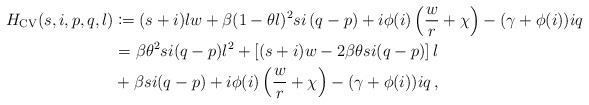
\begin{align*}H_{\mathrm{CV}}(s,i,p,q,l)&\coloneqq (s+i)lw+\beta(1-\theta l)^2si\left(q-p\right) +i\phi(i)\left(\frac{w}{r}+\chi\right)-(\gamma+\phi(i))iq \\&= \beta \theta^2 si (q-p) l^2 + \left[(s+i)w - 2\beta \theta si (q-p)\right] l \\&+ \beta si (q-p) + i\phi(i)\left(\frac{w}{r}+\chi\right)-(\gamma+\phi(i))iq\, ,\end{align*}